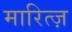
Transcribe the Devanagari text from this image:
मारित्ज़